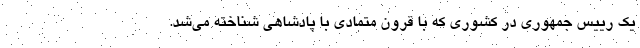
یک رییس جمهوری در کشوری که با قرون متمادی با پادشاهی شناخته می‌شد.